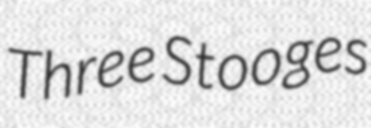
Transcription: Three Stooges